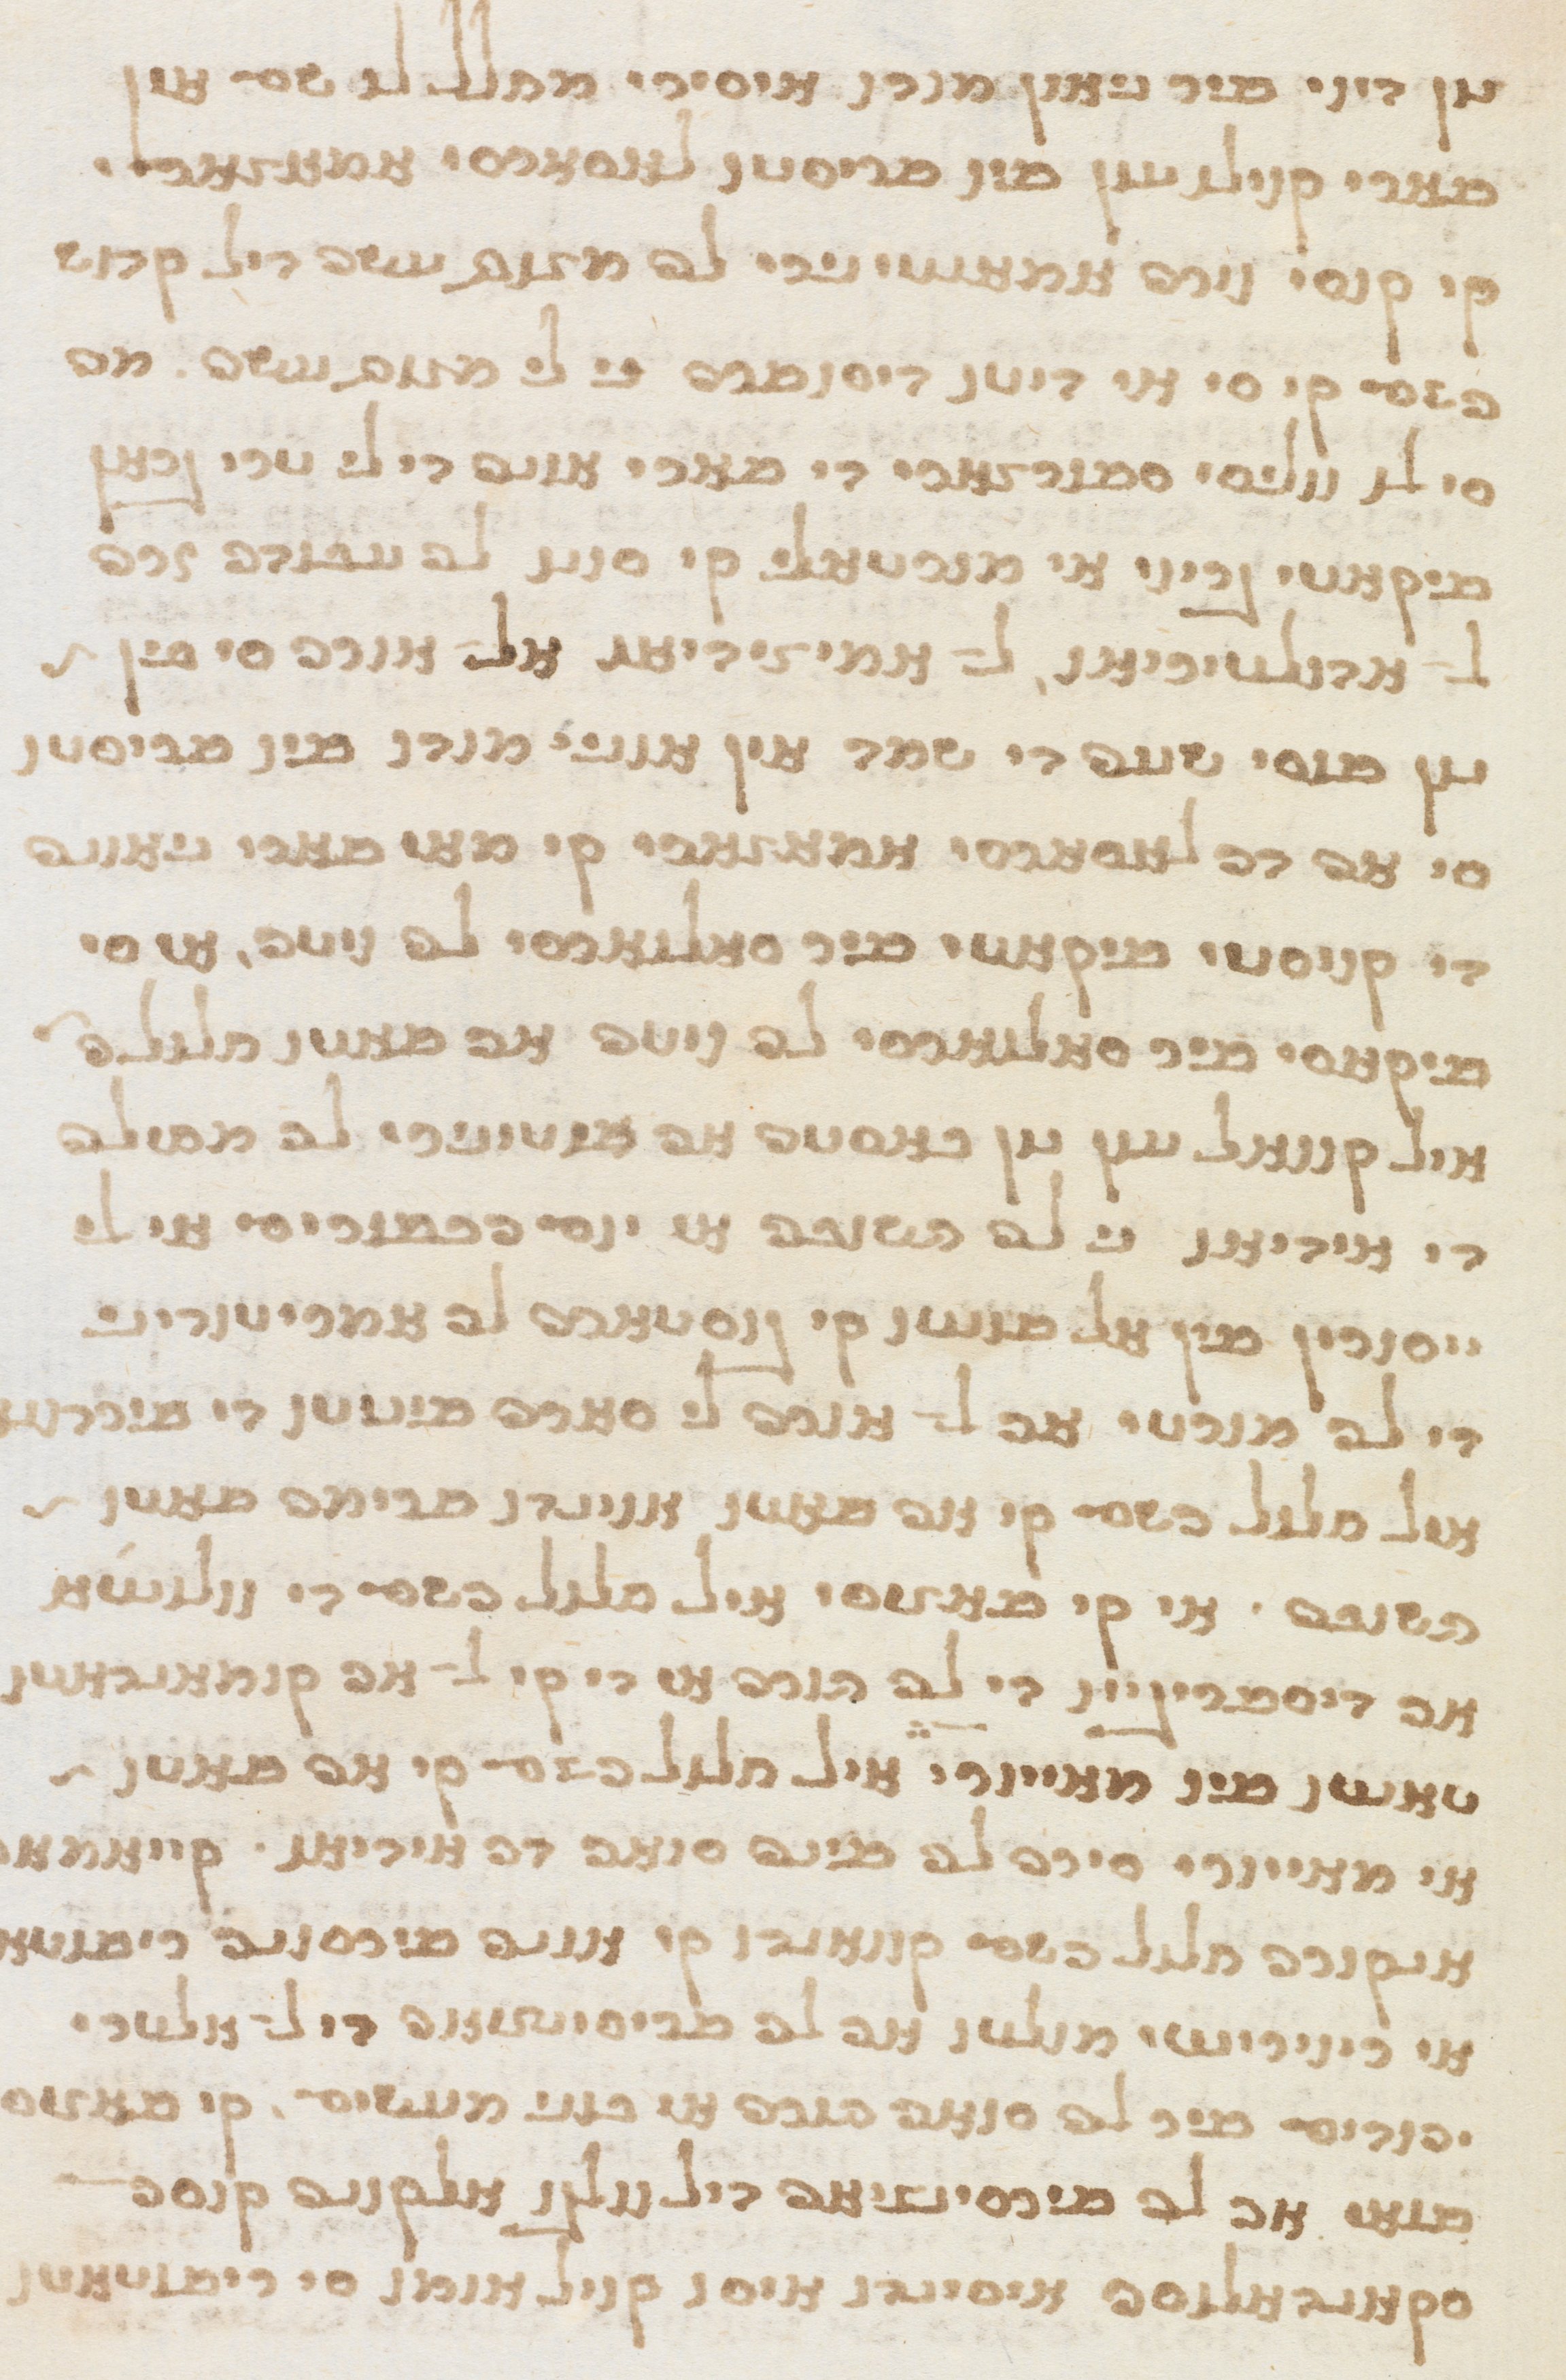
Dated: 1565–1599